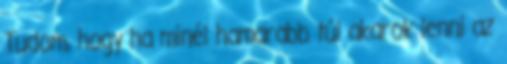
Tudom, hogy ha minél hamarabb túl akarok lenni az